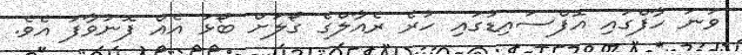
ވަނަ ހާފްގައި އޮފްސައިޑުގައި ހުރެ ރެއާލްގެ ގޯލަށް ބޯޅަ އެއް ފޮނުވާފަ އެވެ.